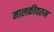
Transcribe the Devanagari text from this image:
मालकीवरुन